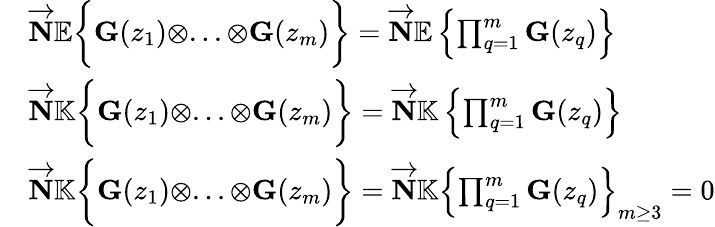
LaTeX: \begin{array}{rl}&{\overrightarrow{\mathbf{N}}\mathbb{E}\bigg\lbrace{\mathbf{G}}(z_{1})\otimes...\otimes{\mathbf{G}}(z_{m})\bigg\rbrace=\overrightarrow{\mathbf{N}}\mathbb{E}\left\lbrace\prod_{q=1}^{m}{\mathbf{G}}(z_{q})\right\rbrace}\\ &{\overrightarrow{\mathbf{N}}\mathbb{K}\bigg\lbrace{\mathbf{G}}(z_{1})\otimes...\otimes{\mathbf{G}}(z_{m})\bigg\rbrace=\overrightarrow{\mathbf{N}}\mathbb{K}\left\lbrace\prod_{q=1}^{m}{\mathbf{G}}(z_{q})\right\rbrace}\\ &{\overrightarrow{\mathbf{N}}\mathbb{K}\bigg\lbrace{\mathbf{G}}(z_{1})\otimes...\otimes{\mathbf{G}}(z_{m})\bigg\rbrace=\overrightarrow{\mathbf{N}}\mathbb{K}\left\lbrace\prod_{q=1}^{m}{\mathbf{G}}(z_{q})\right\rbrace_{m\ge 3}=0}\end{array}